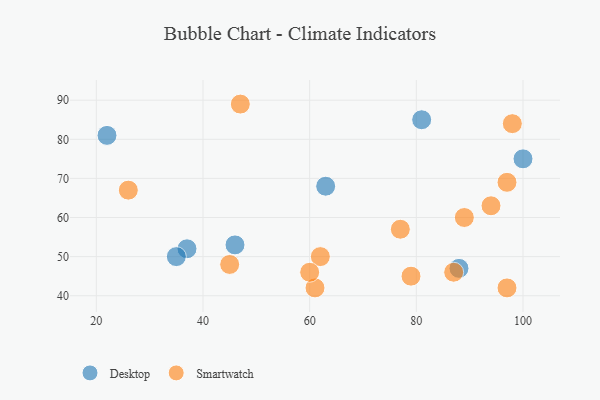
{"axis": {"x": "GDP", "y": "Life Expectancy"}, "legend": ["Desktop", "Smartwatch"], "data": [{"x": "37", "y": 52, "type": "Desktop"}, {"x": "22", "y": 81, "type": "Desktop"}, {"x": "88", "y": 47, "type": "Desktop"}, {"x": "35", "y": 50, "type": "Desktop"}, {"x": "100", "y": 75, "type": "Desktop"}, {"x": "81", "y": 85, "type": "Desktop"}, {"x": "46", "y": 53, "type": "Desktop"}, {"x": "63", "y": 68, "type": "Desktop"}, {"x": "77", "y": 57, "type": "Smartwatch"}, {"x": "94", "y": 63, "type": "Smartwatch"}, {"x": "79", "y": 45, "type": "Smartwatch"}, {"x": "47", "y": 89, "type": "Smartwatch"}, {"x": "97", "y": 42, "type": "Smartwatch"}, {"x": "87", "y": 46, "type": "Smartwatch"}, {"x": "61", "y": 42, "type": "Smartwatch"}, {"x": "98", "y": 84, "type": "Smartwatch"}, {"x": "62", "y": 50, "type": "Smartwatch"}, {"x": "89", "y": 60, "type": "Smartwatch"}, {"x": "26", "y": 67, "type": "Smartwatch"}, {"x": "45", "y": 48, "type": "Smartwatch"}, {"x": "60", "y": 46, "type": "Smartwatch"}, {"x": "97", "y": 69, "type": "Smartwatch"}]}